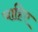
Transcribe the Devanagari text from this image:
चाहिेए